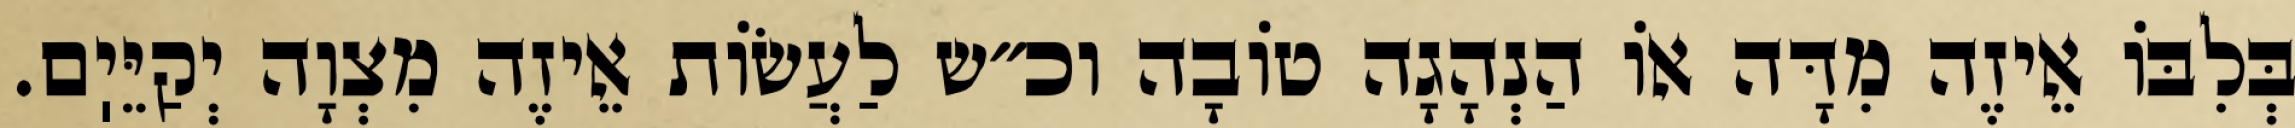
בְּלִבּוֹ אֵיזֶה מִדָּה אוֹ הַנְהָגָה טוֹבָה וכ״ש לַעֲשׂוֹת אֵיזֶה מִצְוָה יְקַיֵּיֽם.